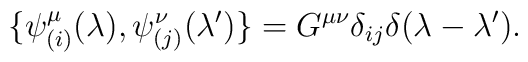
\{ \psi^{\mu}_{(i)} (\lambda), \psi^{\nu}_{(j)}(\lambda') \} = G^{\mu\nu}\delta_{ij}\delta(\lambda-\lambda').